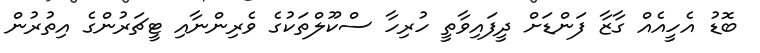
ބޮޑު އެހީއެއް ގާޒާ ފަންޑަށް ދީފައިވާތީ ހުރިހާ ސްކޫލްތަކުގެ ވެރިންނާއި ޓީޗަރުންގެ އިތުރުން